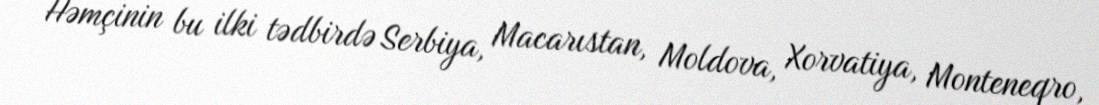
Həmçinin bu ilki tədbirdə Serbiya, Macarıstan, Moldova, Xorvatiya, Monteneqro,